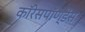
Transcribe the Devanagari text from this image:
कॉरेसपॉण्डेंस